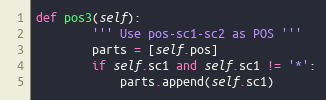
Language: Python
def pos3(self):
        ''' Use pos-sc1-sc2 as POS '''
        parts = [self.pos]
        if self.sc1 and self.sc1 != '*':
            parts.append(self.sc1)